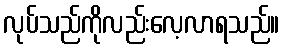
လုပ်သည်ကိုလည်းလေ့လာရသည်။